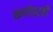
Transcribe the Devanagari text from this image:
कर्णपटही